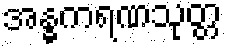
အန္ဓကရဏသုတ္တ